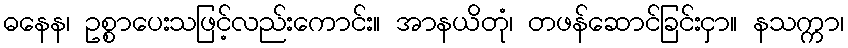
ဓနေန၊ ဥစ္စာပေးသဖြင့်လည်းကောင်း။ အာနယိတုံ၊ တဖန်ဆောင်ခြင်းငှာ။ နသက္ကာ၊